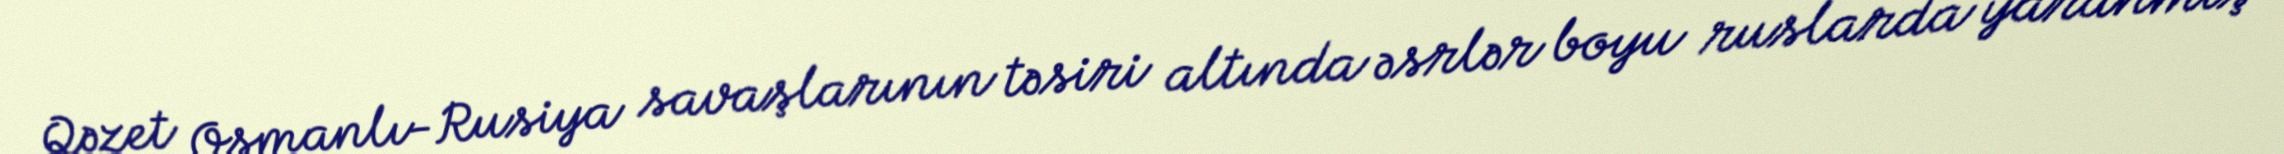
Qəzet Osmanlı-Rusiya savaşlarının təsiri altında əsrlər boyu ruslarda yaranmış